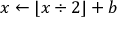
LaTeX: x \leftarrow \lfloor x \div 2 \rfloor + b